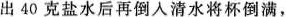
出40克盐水后再倒入清水将杯倒满，